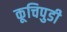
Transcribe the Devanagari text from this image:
कूचिपुडी